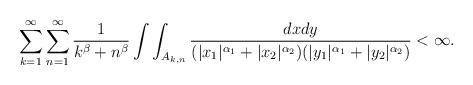
LaTeX: \begin{align*}\sum_{k=1}^{\infty}\sum_{n=1}^{\infty}\frac{1}{k^{\beta}+n^{\beta}}\int\int_{A_{k,n}}\frac{dxdy}{(|x_1|^{\alpha_1}+|x_2|^{\alpha_2})(|y_1|^{\alpha_1}+|y_2|^{\alpha_2})}<\infty.\end{align*}